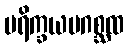
ပရိက္ခယမဂစ္ဆထ